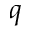
q